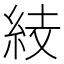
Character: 𥿔